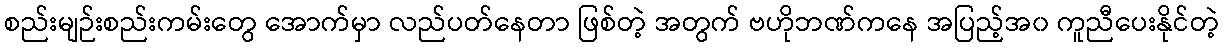
စည်းမျဉ်းစည်းကမ်းတွေ အောက်မှာ လည်ပတ်နေတာ ဖြစ်တဲ့ အတွက် ဗဟိုဘဏ်ကနေ အပြည့်အ၀ ကူညီပေးနိုင်တဲ့